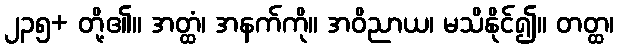
၂၃၅+ တို့၏။ အတ္ထံ၊ အနက်ကို။ အဝိညာယ၊ မသိနိုင်၍။ တတ္ထ၊